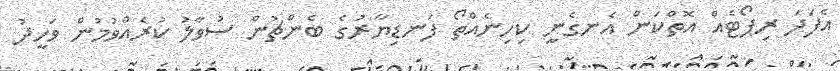
އެފަދަ ރިޕޯޓެއް އޮތްކަން އެނގެނީ ކިހިނެއްތޯ ފަނޑިޔާރުގެ ބެންޗުން ސުވާލު ކުރެއްވުމުން ވަހީދު